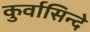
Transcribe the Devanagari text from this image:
कुर्वासिन्दे